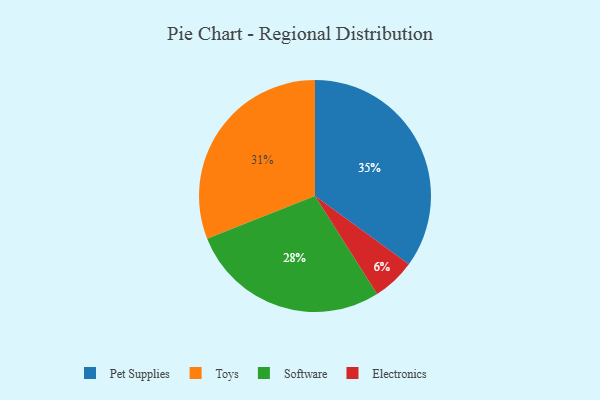
{"axis": {"x": "Category", "y": "Percentage"}, "legend": ["Electronics", "Pet Supplies", "Software", "Toys"], "data": [{"x": "Software", "y": 28, "type": "Software"}, {"x": "Toys", "y": 31, "type": "Toys"}, {"x": "Pet Supplies", "y": 35, "type": "Pet Supplies"}, {"x": "Electronics", "y": 6, "type": "Electronics"}]}